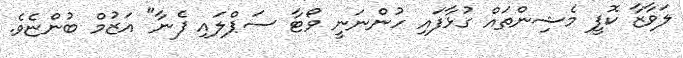
ލަވާޒާ ކޮފީ މެޝިންތައް ގުޅާފައި ހުންނަނީ ވޯޓާ ސަޕްލައި ފެނާ" އަޒުމް ބުންޏެވެ.